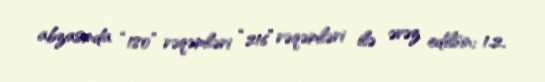
abzasında “180” rəqəmləri “216” rəqəmləri ilə əvəz edilsin; 1.2.